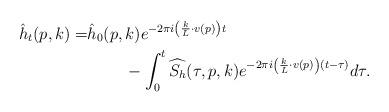
LaTeX: \begin{align*}\hat{h}_t(p,k) = & \hat{h}_0(p,k)e^{-2\pi i \left(\frac{k}{L} \cdot v(p)\right)t}\\ & \;\;\;\;\;\;\;\;- \int_0^t \widehat{S_h}(\tau,p, k)e^{-2\pi i \left(\frac{k}{L} \cdot v(p)\right)(t-\tau)}d\tau.\end{align*}